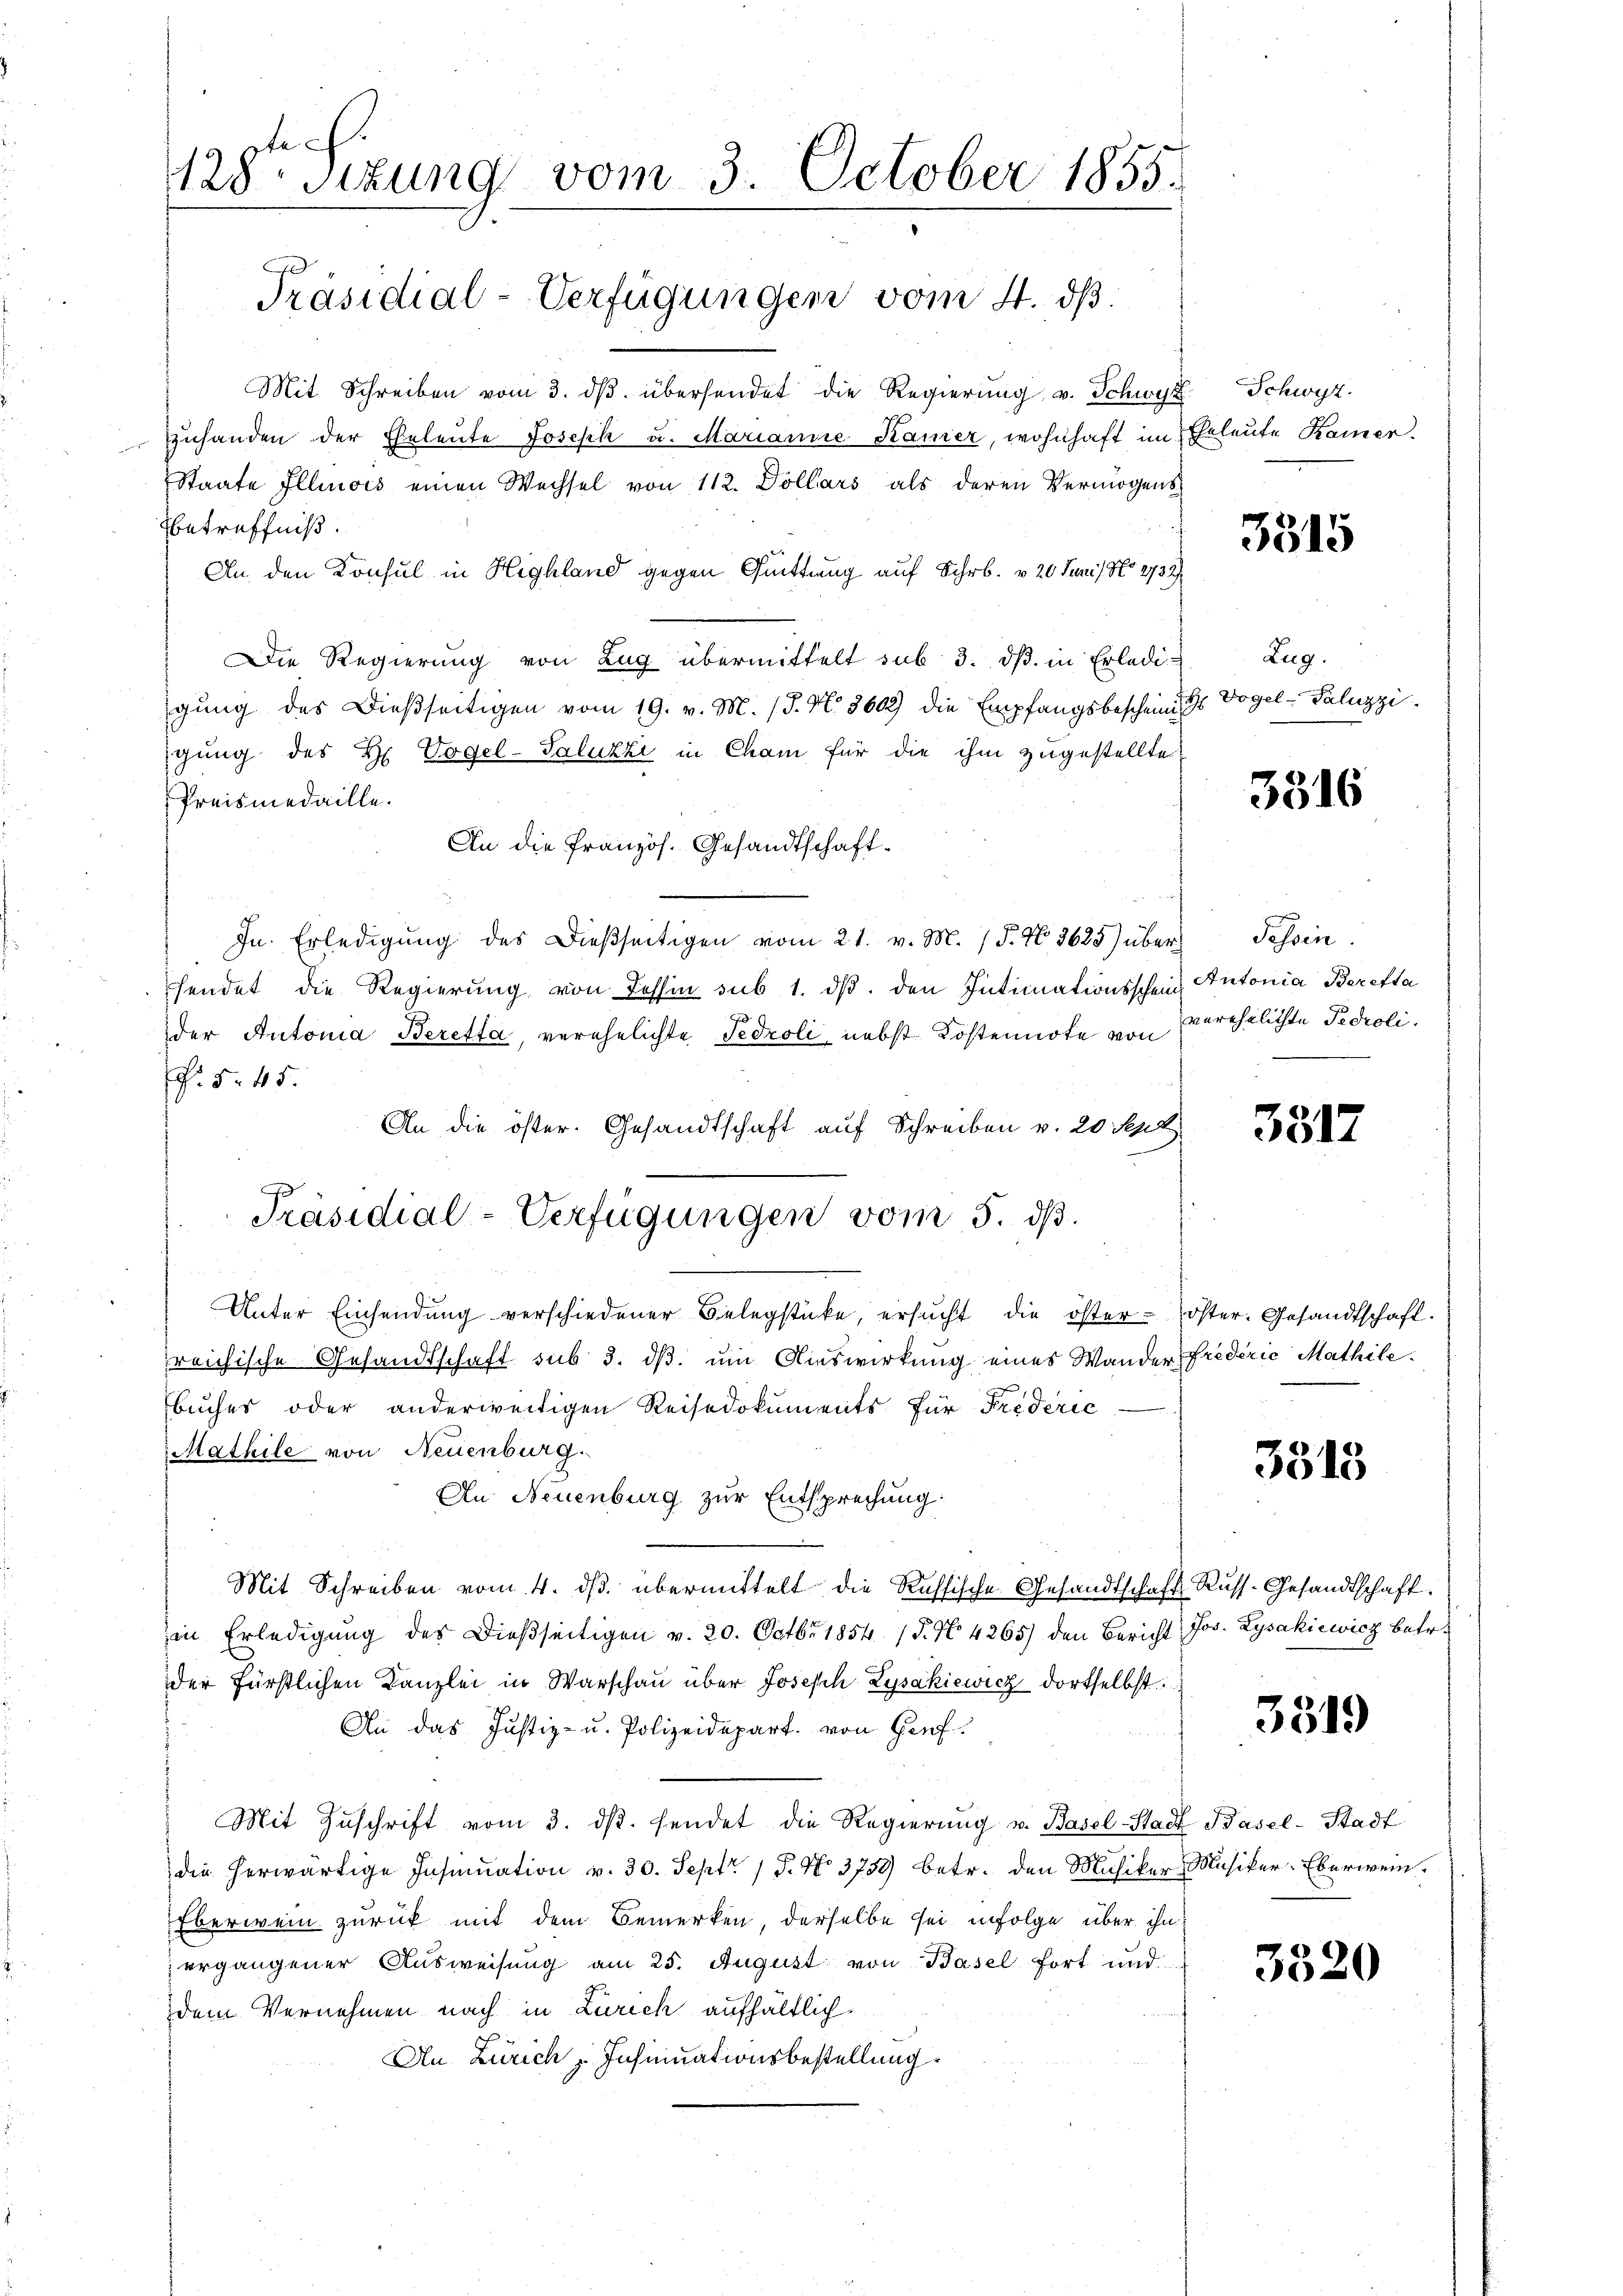
e

128sizung vom 3. October 1855.

Präsidial-Verfügungen vom 4. dß.

Mit Schreiben vom 3. dβ übersendet die Regierung v. Schwyz
uhanden der Eheleute Joseph u. Marianne Kamer, wohnhaft im Eheleute Kamer.
Staate Illinois einen Wechsel von 112. Dollars als deren Vermögens
betreffniß.
An den Konsul in Highland gegen Quittung auf Schr. v. 20 Juni, No 2732
Die Regierung von Zug übermittelt sub 3. dß. in Erledigung des Dießseitigen vom 19. v. M. J. N. 3602) die Empfangsbescheinig
gung des H. Vogel-Saluzzi in Cham für die ihm zugestellte
Preismedaille.
An die Französ. Gesandtschaft¬
In Erledigŭng des Dießseitigen vom 21. v. M. 15. No. 3625) überhendet die Regierung von Tessin sub 1. ds. den Intimationsschein
der Autoria Beretta, verehelichte Fedroli nebst Kostennote von
P. Nr. 45.
An die öster. Gesandtschaft auf Schreiben v. 20 Sept
Unter Einsendŭng verschiedener Belegstücke, ersŭcht die öster- öster. Gesandtschaft.
reichische Gesandtschaft sub 5. dß. um Auswirkung eines Wander Frederie Mathile.
buches oder anderweitigen Reisedokuments für Frideric
Mathile von Neuenburg.
An Neuenburg zur Entsprechung:
Mit Schreiben vom 4. ds. übermittelt die Russische Gesandtschaft Russ- Gesandtschaft
in Erledigŭng des Dießseitigen v. 20. Octbr. 1854 (§. N. 4265) den Bericht Jos. Lysakiewicz betr.
der fürstlichen Kanzlei in Warschau über Joseph Zysakiewicz dortselbst
An das Justiz- u. Polizeidepart. von Hof¬
Mit Zuschrift vom 3. ds. sendet die Regierung v. Basel-Stadt Basel-Stadt
die herwärtige Insinuation v. 30. Sept. 15. No 3758) betr. den Musiker Musiker-Eberwein¬
Eberwein zurück mit dem Bemerken, derselbe sei infolge über ihn
ergangener Ausweisung am 25. August von Basel fort und
dem Vernehmen nach in Zürich aufhältlich
An Zürich Insinuationsbestellung

Präsidial-Verfügungen vom 5. ds.

Schwyz.

3515

Zug.
H Vogel - Paluzzi

3516

Tessin.
Antonia Beretta
verehelichte Fedroli

3517

3315

3319

3520